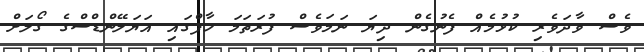
ވެސް ވާދަވެރި ކުޅުމެއް ފެނުގެން ދިޔަ ނަމަވެސް ފުރަތަމަ ހާފްގައި އަޔަލޭންޑްސްގެ ގޯލަށް